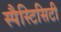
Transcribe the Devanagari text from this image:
स्पैस्टिसिटी